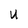
Character: U